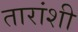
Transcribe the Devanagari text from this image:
तारांशी